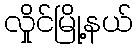
လှိုင်မြို့နယ်